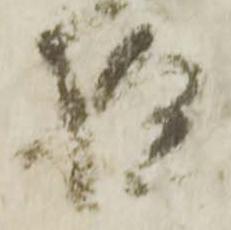
様